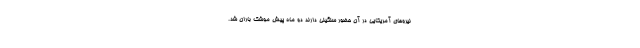
نیروهای آمریکایی در آن حضور سنگینی دارند دو ماه پیش موشک باران شد.